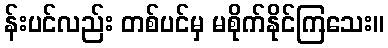
န်းပင်လည်း တစ်ပင်မှ မစိုက်နိုင်ကြသေး။